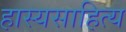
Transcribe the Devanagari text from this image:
हास्यसाहित्य